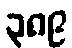
၃၈၉